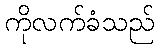
ကိုလက်ခံသည်